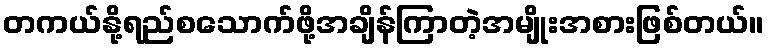
တကယ်နို့ရည်စသောက်ဖို့အချိန်ကြာတဲ့အမျိုးအစားဖြစ်တယ်။